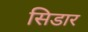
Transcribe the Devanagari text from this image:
सिडार